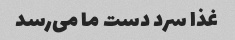
غذا سرد دست ما می‌رسد